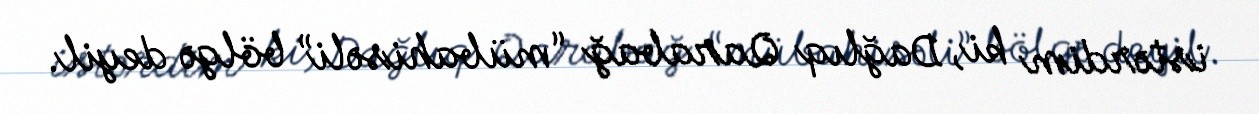
istərdim ki, Dağlıq Qarabağ “mübahisəli” bölgə deyil.